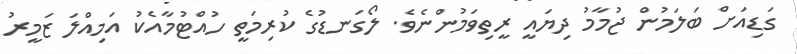
ގަޑިއަށް ބަލަމުން ޖުމާމު ދިޔައީ ރީތިވަމުންނެވެ. ލޯގަނޑުގެ ކުރިމަތީ ހުއްޓުމާއެކު އަމިއްލަ ޒަމީރު